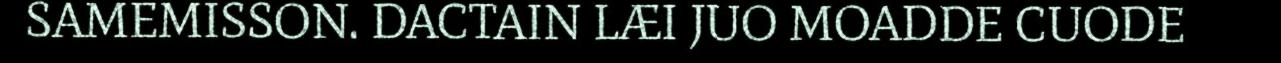
SAMEMISSON. DACTAIN LÆI JUO MOADDE CUODE